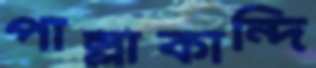
পাল্লাকান্দি